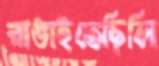
রাঙাইতেছিলি